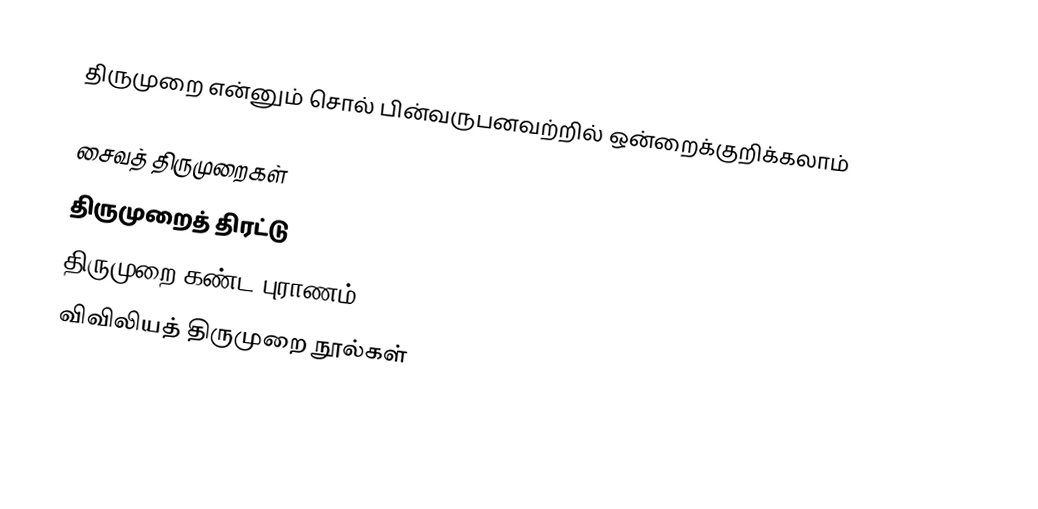
திருமுறை என்னும் சொல் பின்வருபனவற்றில் ஒன்றைக்குறிக்கலாம்

 சைவத் திருமுறைகள்
 திருமுறைத் திரட்டு
 திருமுறை கண்ட புராணம்
 விவிலியத் திருமுறை நூல்கள்